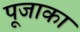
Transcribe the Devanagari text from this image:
पूजाका